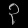
Digit: ၃